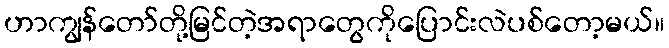
ဟာကျွန်တော်တို့မြင်တဲ့အရာတွေကိုပြောင်းလဲပစ်တော့မယ်။